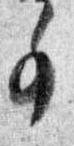
事